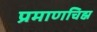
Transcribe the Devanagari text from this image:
प्रमाणचिह्न